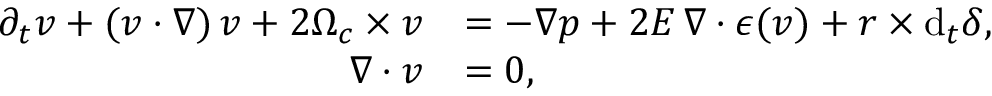
\begin{array} { r l } { \partial _ { t } \boldsymbol { v } + ( \boldsymbol { v } \boldsymbol { \cdot } \nabla ) \, \boldsymbol { v } + 2 \boldsymbol { \Omega } _ { c } \times \boldsymbol { v } } & { = - \nabla p + 2 E \, \nabla \boldsymbol { \cdot } \boldsymbol { \epsilon } ( \boldsymbol { v } ) + \boldsymbol { r } \times \mathrm { d } _ { t } \boldsymbol { \delta } , } \\ { \nabla \boldsymbol { \cdot } \boldsymbol { v } } & { = 0 , } \end{array}